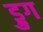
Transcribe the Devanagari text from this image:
ड्रुग